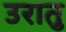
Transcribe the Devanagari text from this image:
उरातु